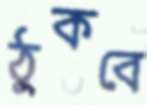
ঠুকবে